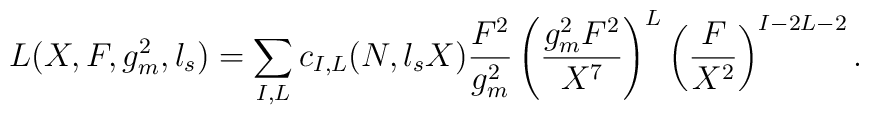
L(X,F,g^2_{m},l_s)=\sum_{I,L}c_{I,L}(N,l_sX){F^2\over g_{m}^2}\left ({g^2_{m}F^2\over X^{7}}\right )^L\left ({F\over X^2}\right )^{I-2L-2}.